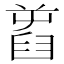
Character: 𦥾